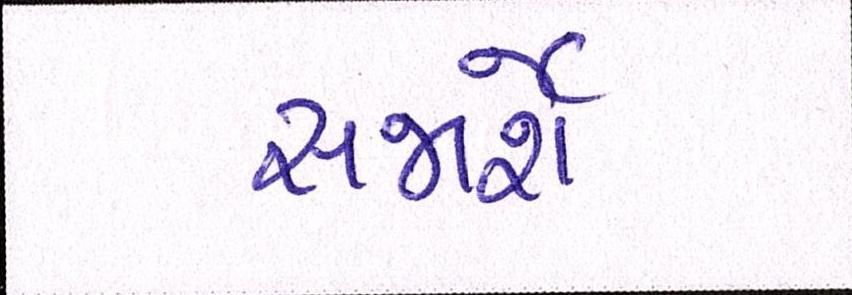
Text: સજાર્શેઃ